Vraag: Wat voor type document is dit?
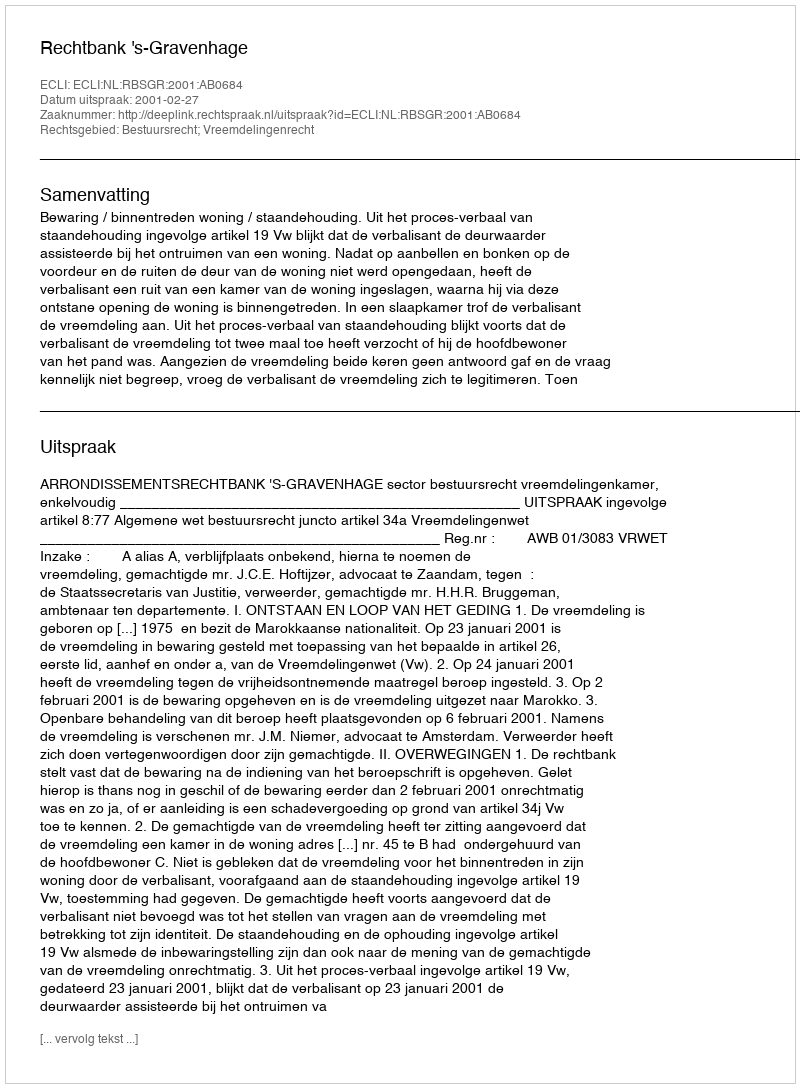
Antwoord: Uitspraak